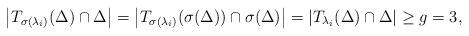
LaTeX: \begin{align*}\left| T_{\sigma(\lambda_i)}(\Delta) \cap \Delta \right|=\left| T_{\sigma(\lambda_i)}(\sigma(\Delta)) \cap \sigma(\Delta) \right| = \left| T_{\lambda_i}(\Delta) \cap \Delta \right| \geq g=3,\end{align*}